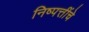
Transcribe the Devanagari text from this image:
निष्पत्तींचे